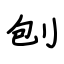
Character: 刨